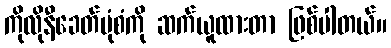
ကိုလိုနီခေတ်ပုံစံကို ဆက်ယူထားတာ ဖြစ်ပါတယ်။